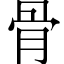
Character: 骨